Vaccination in Burma 1920-1933 - 1920-1933
Year: 1920
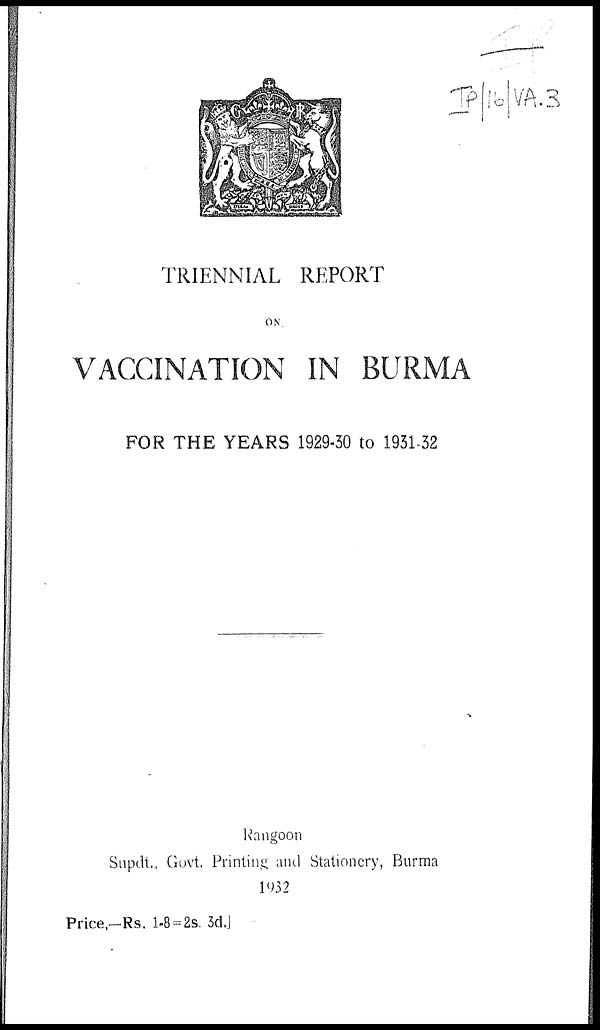
TRIENNIAL REPORT
ON
VACCINATION IN BURMA
FOR THE YEARS 1929-30 to 1931-32
Rangoon
Supdt., Govt. Printing and Stationery, Burma
1932
Price,—Rs. 1-8 = 2s. 3d.]